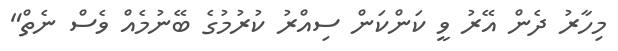
މިހާރު ދެން އޭރު ވީ ކަންކަން ސިއްރު ކުރުމުގެ ބޭނުމެއް ވެސް ނެތް"